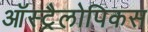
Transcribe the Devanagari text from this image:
ऑस्ट्रैलोपिकस